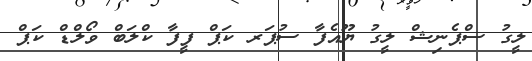
ލީގު ސްޕެނިޝް ލީގު ޔޫއެފާ ސުޕަރ ކަޕް ފީފާ ކްލަބް ވޯލްޑް ކަޕް